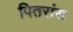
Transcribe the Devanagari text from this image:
पितरांस